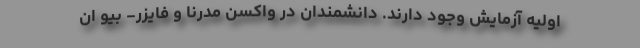
اولیه آزمایش وجود دارند. دانشمندان در واکسن مدرنا و فایزر- بیو ان